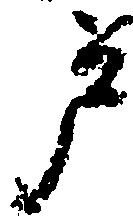
戸